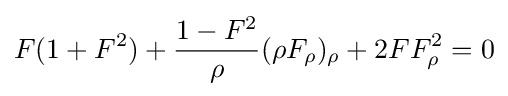
F(1+F^{2})+{\frac {1-F^{2}}{\rho }}(\rho F_{\rho })_{\rho }+2FF_{\rho }^{2}=0